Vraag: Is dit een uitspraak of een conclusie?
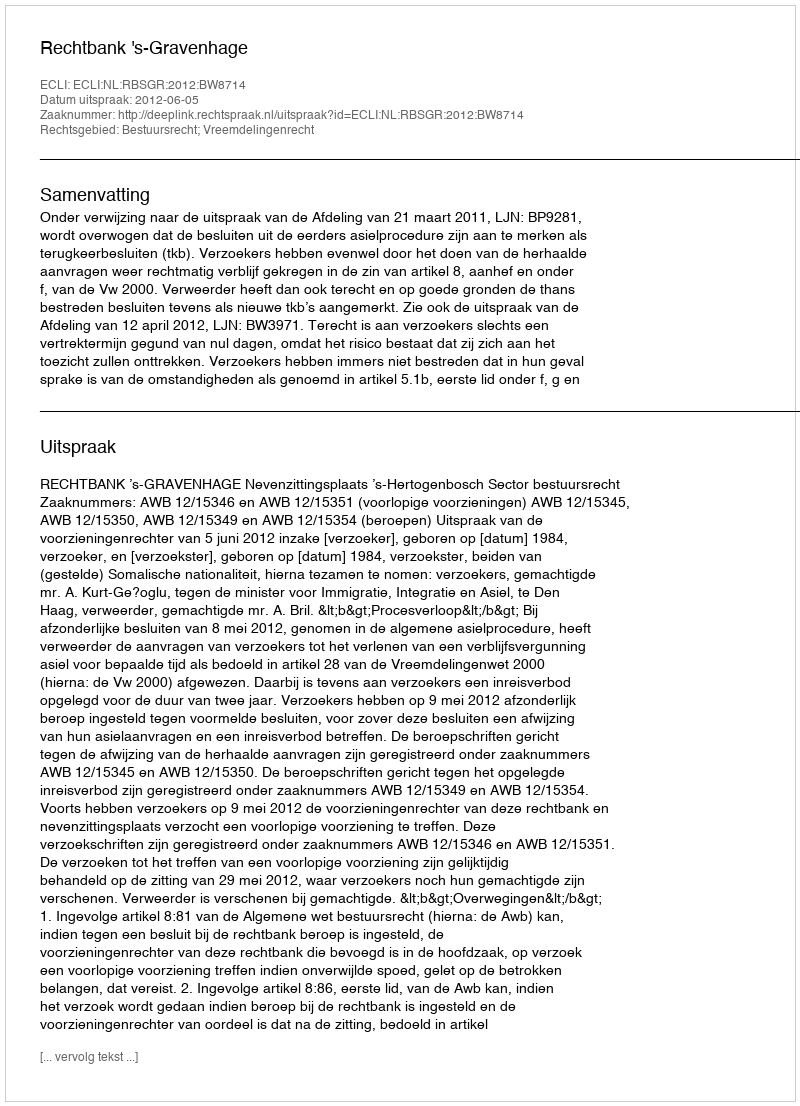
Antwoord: Uitspraak